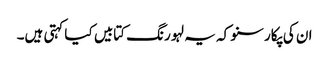
ان کی پکار سنو کہ یہ لہو رنگ کتابیں کیا کہتی ہیں۔